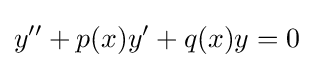
y''+p(x)y'+q(x)y=0